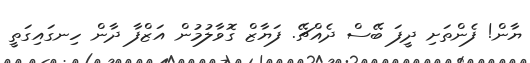
ޔާން! ފެންތަށި ދީފަ ބޭސް ދެއްޗޭ. ފަޔާޒް ގޮވާލުމުން އަޒްފާ ދާން ހިނގައިގަތީ